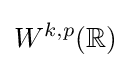
W^{k,p}(\mathbb {R} )